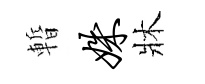
暫姝牀